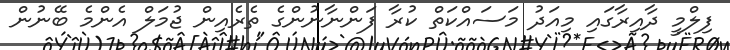
ފިލްމީ ދާއިރާގައި މިއަދު މަސައްކަތް ކުރާ ފަންނާނުންގެ ތެރެއިން ޖުމަލް އެންމެ ބޭނުން